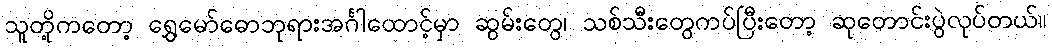
သူတို့ကတော့ ရွှေမော်ဓောဘုရားအင်္ဂါထောင့်မှာ ဆွမ်းတွေ၊ သစ်သီးတွေကပ်ပြီးတော့ ဆုတောင်းပွဲလုပ်တယ်။